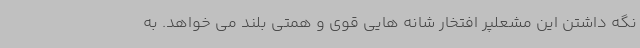
نگه داشتن این مشعلپر افتخار شانه هایی قوی و همتی بلند می خواهد. به